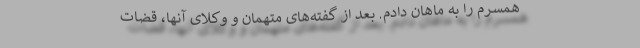
همسرم را به ماهان دادم. بعد از گفته‌های متهمان و وکلای آنها، قضات